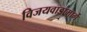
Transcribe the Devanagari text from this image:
विजयवाडामार्गे